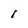
Character: I